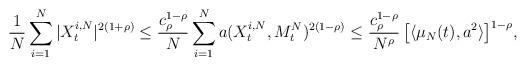
LaTeX: \begin{align*}\frac1N\sum_{i=1}^N |X^{i,N}_t|^{2(1+\rho)}\leq \frac{c_\rho^{1-\rho}}{N}\sum_{i=1}^Na(X^{i,N}_t,M^N_t)^{2(1-\rho)}\leq \frac{c_\rho^{1-\rho}}{N^\rho}\,\big[\langle\mu_N(t),a^2\rangle\big]^{1-\rho}, \end{align*}